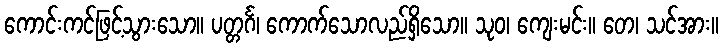
ကောင်းကင်ဖြင့်သွားသော။ ပတ္တင်္ဂ၊ ကောက်သောလည်ရှိသော။ သုဝ၊ ကျေးမင်း။ တေ၊ သင်အား။